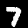
Digit: 7